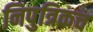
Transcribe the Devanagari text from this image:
निपुत्रिकच